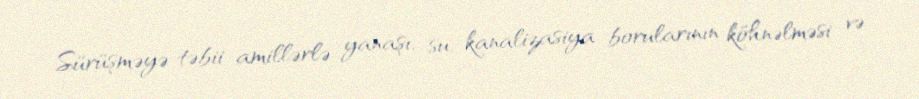
Sürüşməyə təbii amillərlə yanaşı, su, kanalizasiya borularının köhnəlməsi və